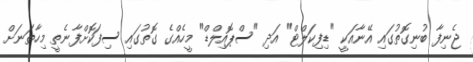
ޖެނިފާ ބުނިގޮތުގައި އޭނާއަކީ "ޑިފިކަލްޓް" އަދި "ސްޕޮއިލްޑް" މީހެއްގެ ގޮތުގައި ސިފަކޮށްފާނެތީ މިހާތަނަށް